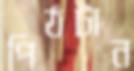
পিঠটান